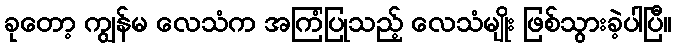
ခုတော့ ကျွန်မ လေသံက အကြံပြုသည့် လေသံမျိုး ဖြစ်သွားခဲ့ပါပြီ။